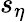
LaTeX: s_{\eta}